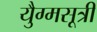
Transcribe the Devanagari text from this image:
युैग्मसूत्री